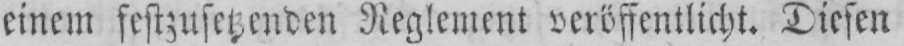
einem festzusetzenden Reglement veröffentlicht. Diesen